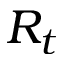
R _ { t }